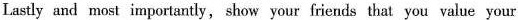
Lastly and most importantly, show your friends that you value your